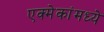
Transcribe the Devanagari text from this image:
एक्मेकांमध्ये